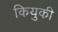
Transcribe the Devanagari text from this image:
कियुकी